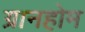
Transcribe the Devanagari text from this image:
ग्रानहोम